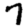
Digit: 7